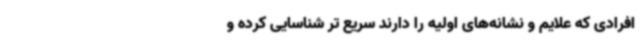
افرادی که علایم و نشانه‌های اولیه را دارند سریع تر شناسایی کرده و